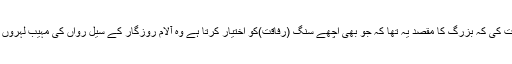
سمیع اللہ قریشی گھر آیا تو والد نے وضاحت کی کہ بزرگ کا مقصد یہ تھا کہ جو بھی اچھے سنگ (رفاقت)کو اختیار کرتا ہے وہ آلام روزگار کے سیل رواں کی مہیب لہروں میں بھی تیر کر کنارے تک پہنچ جاتا ہے۔